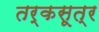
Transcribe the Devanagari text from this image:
तर्कसूत्र